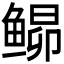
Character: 𬶘